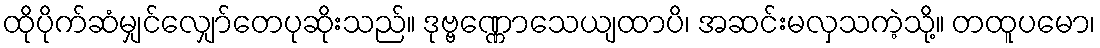
ထိုပိုက်ဆံမျှင်လျှော်တေပုဆိုးသည်။ ဒုဗ္ဗဏ္ဏောသေယျထာပိ၊ အဆင်းမလှသကဲ့သို့။ တထူပမော၊